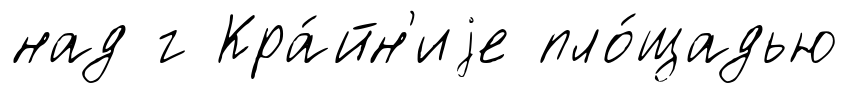
над г Кра́йн'иjе пло́щадью